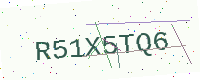
Text: R51X5TQ6